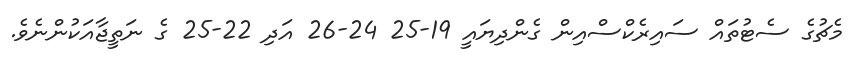
މެޗުގެ ސެޓުތައް ސައިރެކްސްއިން ގެންދިޔައީ 19-25 24-26 އަދި 22-25 ގެ ނަތީޖާއަކުންނެވެ.